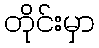
တိုင်းမှာ